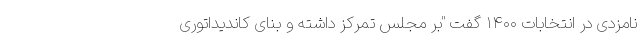
نامزدی در انتخابات ۱۴۰۰ گفت "بر مجلس تمرکز داشته و بنای کاندیداتوری